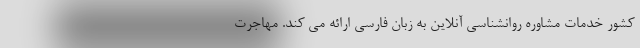
کشور خدمات مشاوره روانشناسی آنلاین به زبان فارسی ارائه می کند. مهاجرت